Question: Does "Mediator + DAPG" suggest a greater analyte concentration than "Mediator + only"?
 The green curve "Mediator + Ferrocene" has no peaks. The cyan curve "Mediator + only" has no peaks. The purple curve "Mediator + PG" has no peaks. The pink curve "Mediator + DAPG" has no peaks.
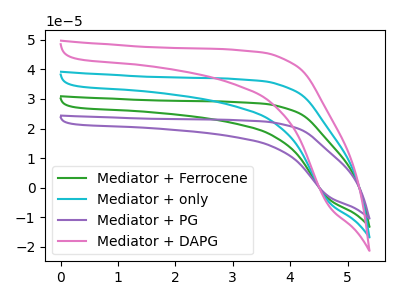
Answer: <think>Neither "Mediator + DAPG" or "Mediator + only" have any peaks.
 </think>
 <answer>I cant tell if "Mediator + DAPG" or "Mediator + only" has more signal.</answer>
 <eval>mixed_signal</eval>